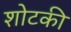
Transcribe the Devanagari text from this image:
शोटकी